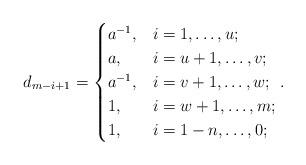
LaTeX: \begin{align*}d_{m-i+1} = \begin{cases} a^{-1}, & i=1, \dotsc , u; \\ a, & i=u+1, \dotsc , v; \\ a^{-1}, & i=v+1, \dotsc , w; \\ 1, & i=w+1, \dotsc , m; \\ 1, & i=1-n, \dotsc , 0; \end{cases}. \end{align*}